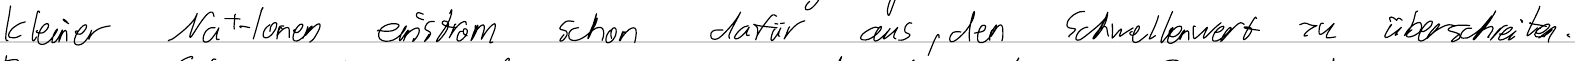
kleiner Na+-Ionen einstrom schon dafür aus, den Schwellenwert zu überschreiten.